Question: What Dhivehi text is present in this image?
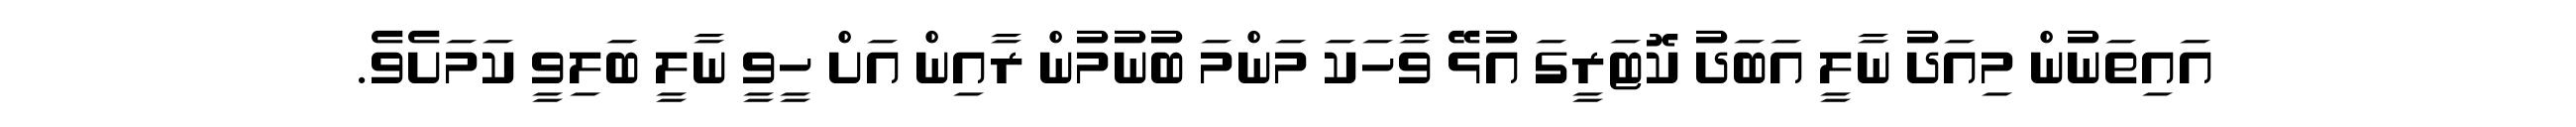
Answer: އައިތަނުން މިއަދު ނާލީ އަބަދު ކޮޓަރީގަ އުޅޭ ވާހަކަ މަންމަ ބުނުމުން ރާއިން އަށް ހީވީ ނާލީ ބަލިވީ ކަމަށެވެ.